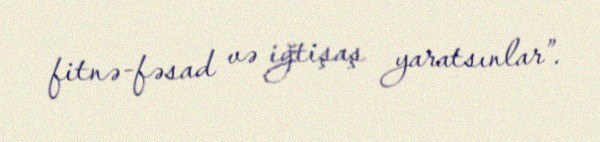
fitnə-fəsad və iğtişaş yaratsınlar”.